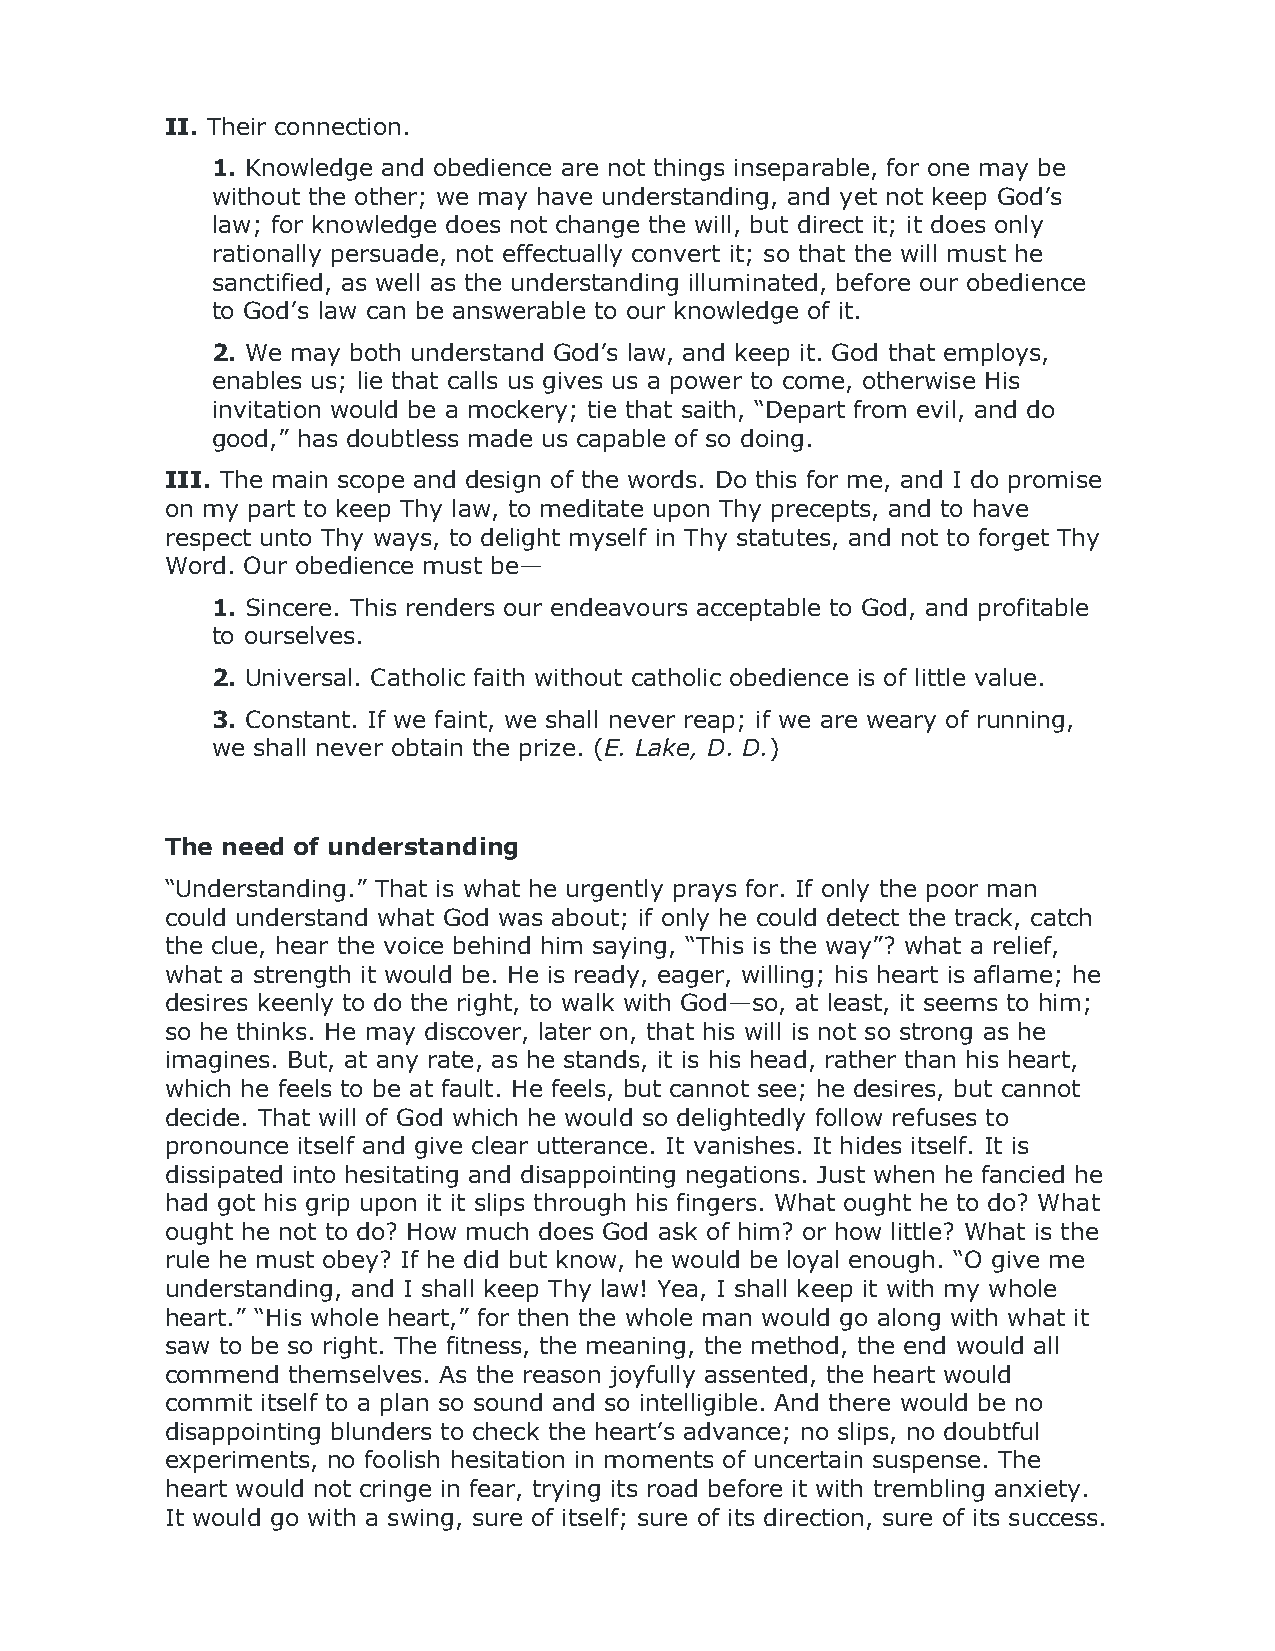
II. Their connection.
 1. Knowledge and obedience are not things inseparable, for one may be
 without the other; we may have understanding, and yet not keep God’s
 law; for knowledge does not change the will, but direct it; it does only
 rationally persuade, not effectually convert it; so that the will must he
 sanctified, as well as the understanding illuminated, before our obedience
 to God’s law can be answerable to our knowledge of it.
 2. We may both understand God’s law, and keep it. God that employs,
 enables us; lie that calls us gives us a power to come, otherwise His
 invitation would be a mockery; tie that saith, “Depart from evil, and do
 good,” has doubtless made us capable of so doing.
 III. The main scope and design of the words. Do this for me, and I do promise
 on my part to keep Thy law, to meditate upon Thy precepts, and to have
 respect unto Thy ways, to delight myself in Thy statutes, and not to forget Thy
 Word. Our obedience must be—
 1. Sincere. This renders our endeavours acceptable to God, and profitable
 to ourselves.
 2. Universal. Catholic faith without catholic obedience is of little value.
 3. Constant. If we faint, we shall never reap; if we are weary of running,
 we shall never obtain the prize. (E. Lake, D. D.)
 The need of understanding
 “Understanding.” That is what he urgently prays for. If only the poor man
 could understand what God was about; if only he could detect the track, catch
 the clue, hear the voice behind him saying, “This is the way”? what a relief,
 what a strength it would be. He is ready, eager, willing; his heart is aflame; he
 desires keenly to do the right, to walk with God—so, at least, it seems to him;
 so he thinks. He may discover, later on, that his will is not so strong as he
 imagines. But, at any rate, as he stands, it is his head, rather than his heart,
 which he feels to be at fault. He feels, but cannot see; he desires, but cannot
 decide. That will of God which he would so delightedly follow refuses to
 pronounce itself and give clear utterance. It vanishes. It hides itself. It is
 dissipated into hesitating and disappointing negations. Just when he fancied he
 had got his grip upon it it slips through his fingers. What ought he to do? What
 ought he not to do? How much does God ask of him? or how little? What is the
 rule he must obey? If he did but know, he would be loyal enough. “O give me
 understanding, and I shall keep Thy law! Yea, I shall keep it with my whole
 heart.” “His whole heart,” for then the whole man would go along with what it
 saw to be so right. The fitness, the meaning, the method, the end would all
 commend themselves. As the reason joyfully assented, the heart would
 commit itself to a plan so sound and so intelligible. And there would be no
 disappointing blunders to check the heart’s advance; no slips, no doubtful
 experiments, no foolish hesitation in moments of uncertain suspense. The
 heart would not cringe in fear, trying its road before it with trembling anxiety.
 It would go with a swing, sure of itself; sure of its direction, sure of its success.